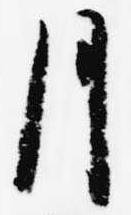
月